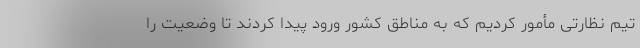
تیم نظارتی مأمور کردیم که به مناطق کشور ورود پیدا کردند تا وضعیت را